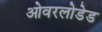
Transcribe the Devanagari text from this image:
ओवरलोडेड